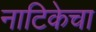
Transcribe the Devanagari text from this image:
नाटिकेचा